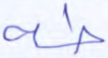
طه